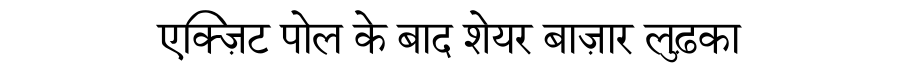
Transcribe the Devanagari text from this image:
एक्ज़िट पोल के बाद शेयर बाज़ार लुढ़का